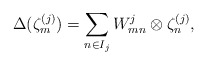
\begin{align*}\Delta (\zeta ^{(j)}_{m})= \sum _{n\in I_{j}} W^{j}_{mn}\otimes \zeta^{(j)}_{n},\end{align*}